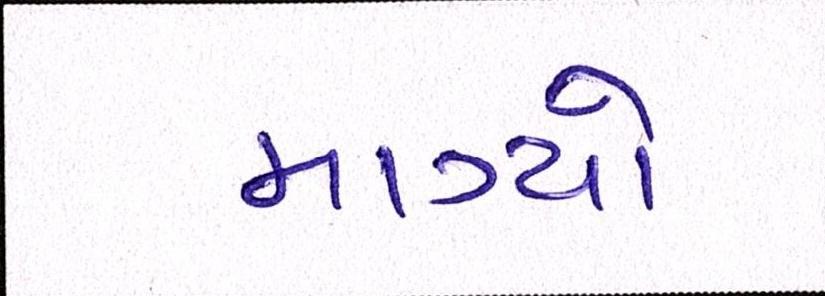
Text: માગ્યો